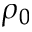
\rho _ { 0 }